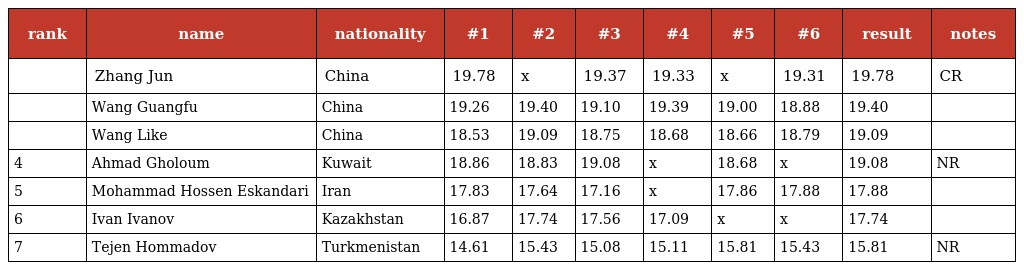
| rank | name | nationality | #1 | #2 | #3 | #4 | #5 | #6 | result | notes |
 | --- | --- | --- | --- | --- | --- | --- | --- | --- | --- | --- |
 |  | Zhang Jun | China | 19.78 | x | 19.37 | 19.33 | x | 19.31 | 19.78 | CR |
 |  | Wang Guangfu | China | 19.26 | 19.40 | 19.10 | 19.39 | 19.00 | 18.88 | 19.40 |  |
 |  | Wang Like | China | 18.53 | 19.09 | 18.75 | 18.68 | 18.66 | 18.79 | 19.09 |  |
 | 4 | Ahmad Gholoum | Kuwait | 18.86 | 18.83 | 19.08 | x | 18.68 | x | 19.08 | NR |
 | 5 | Mohammad Hossen Eskandari | Iran | 17.83 | 17.64 | 17.16 | x | 17.86 | 17.88 | 17.88 |  |
 | 6 | Ivan Ivanov | Kazakhstan | 16.87 | 17.74 | 17.56 | 17.09 | x | x | 17.74 |  |
 | 7 | Tejen Hommadov | Turkmenistan | 14.61 | 15.43 | 15.08 | 15.11 | 15.81 | 15.43 | 15.81 | NR |